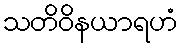
သတိဝိနယာရဟံ